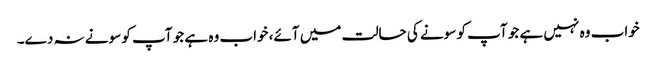
خواب وہ نہیں ہے جو آپ کو سونے کی حالت میں آئے، خواب وہ ہے جو آپ کو سونے نہ دے۔